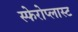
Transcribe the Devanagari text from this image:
स्फेरोप्लास्ट